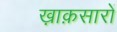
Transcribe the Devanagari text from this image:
ख़ाक़सारों